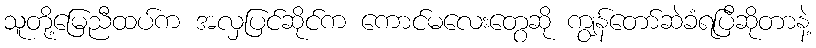
သူတို့မြေညီထပ်က အလှပြင်ဆိုင်က ကောင်မလေးတွေဆို ကျွန်တော်ဆဲခံရပြီဆိုတာနဲ့